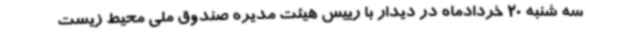
سه شنبه 20 خردادماه در دیدار با رییس هیئت مدیره صندوق ملی محیط زیست